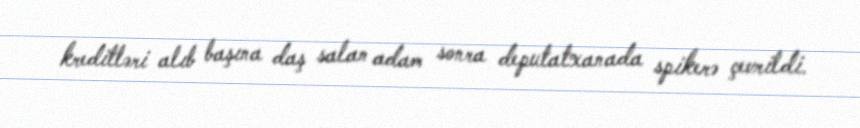
kreditləri alıb başına daş salan adam sonra deputatxanada spikerə çevrildi.